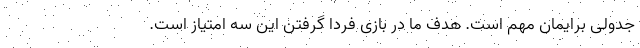
جدولی برایمان مهم است. هدف ما در بازی فردا گرفتن این سه امتیاز است.